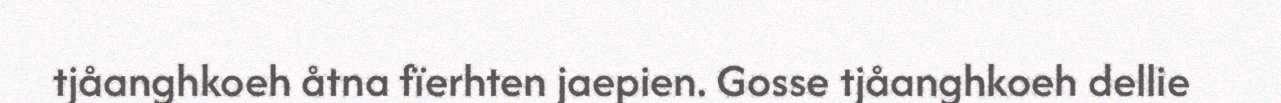
tjåanghkoeh åtna fïerhten jaepien. Gosse tjåanghkoeh dellie